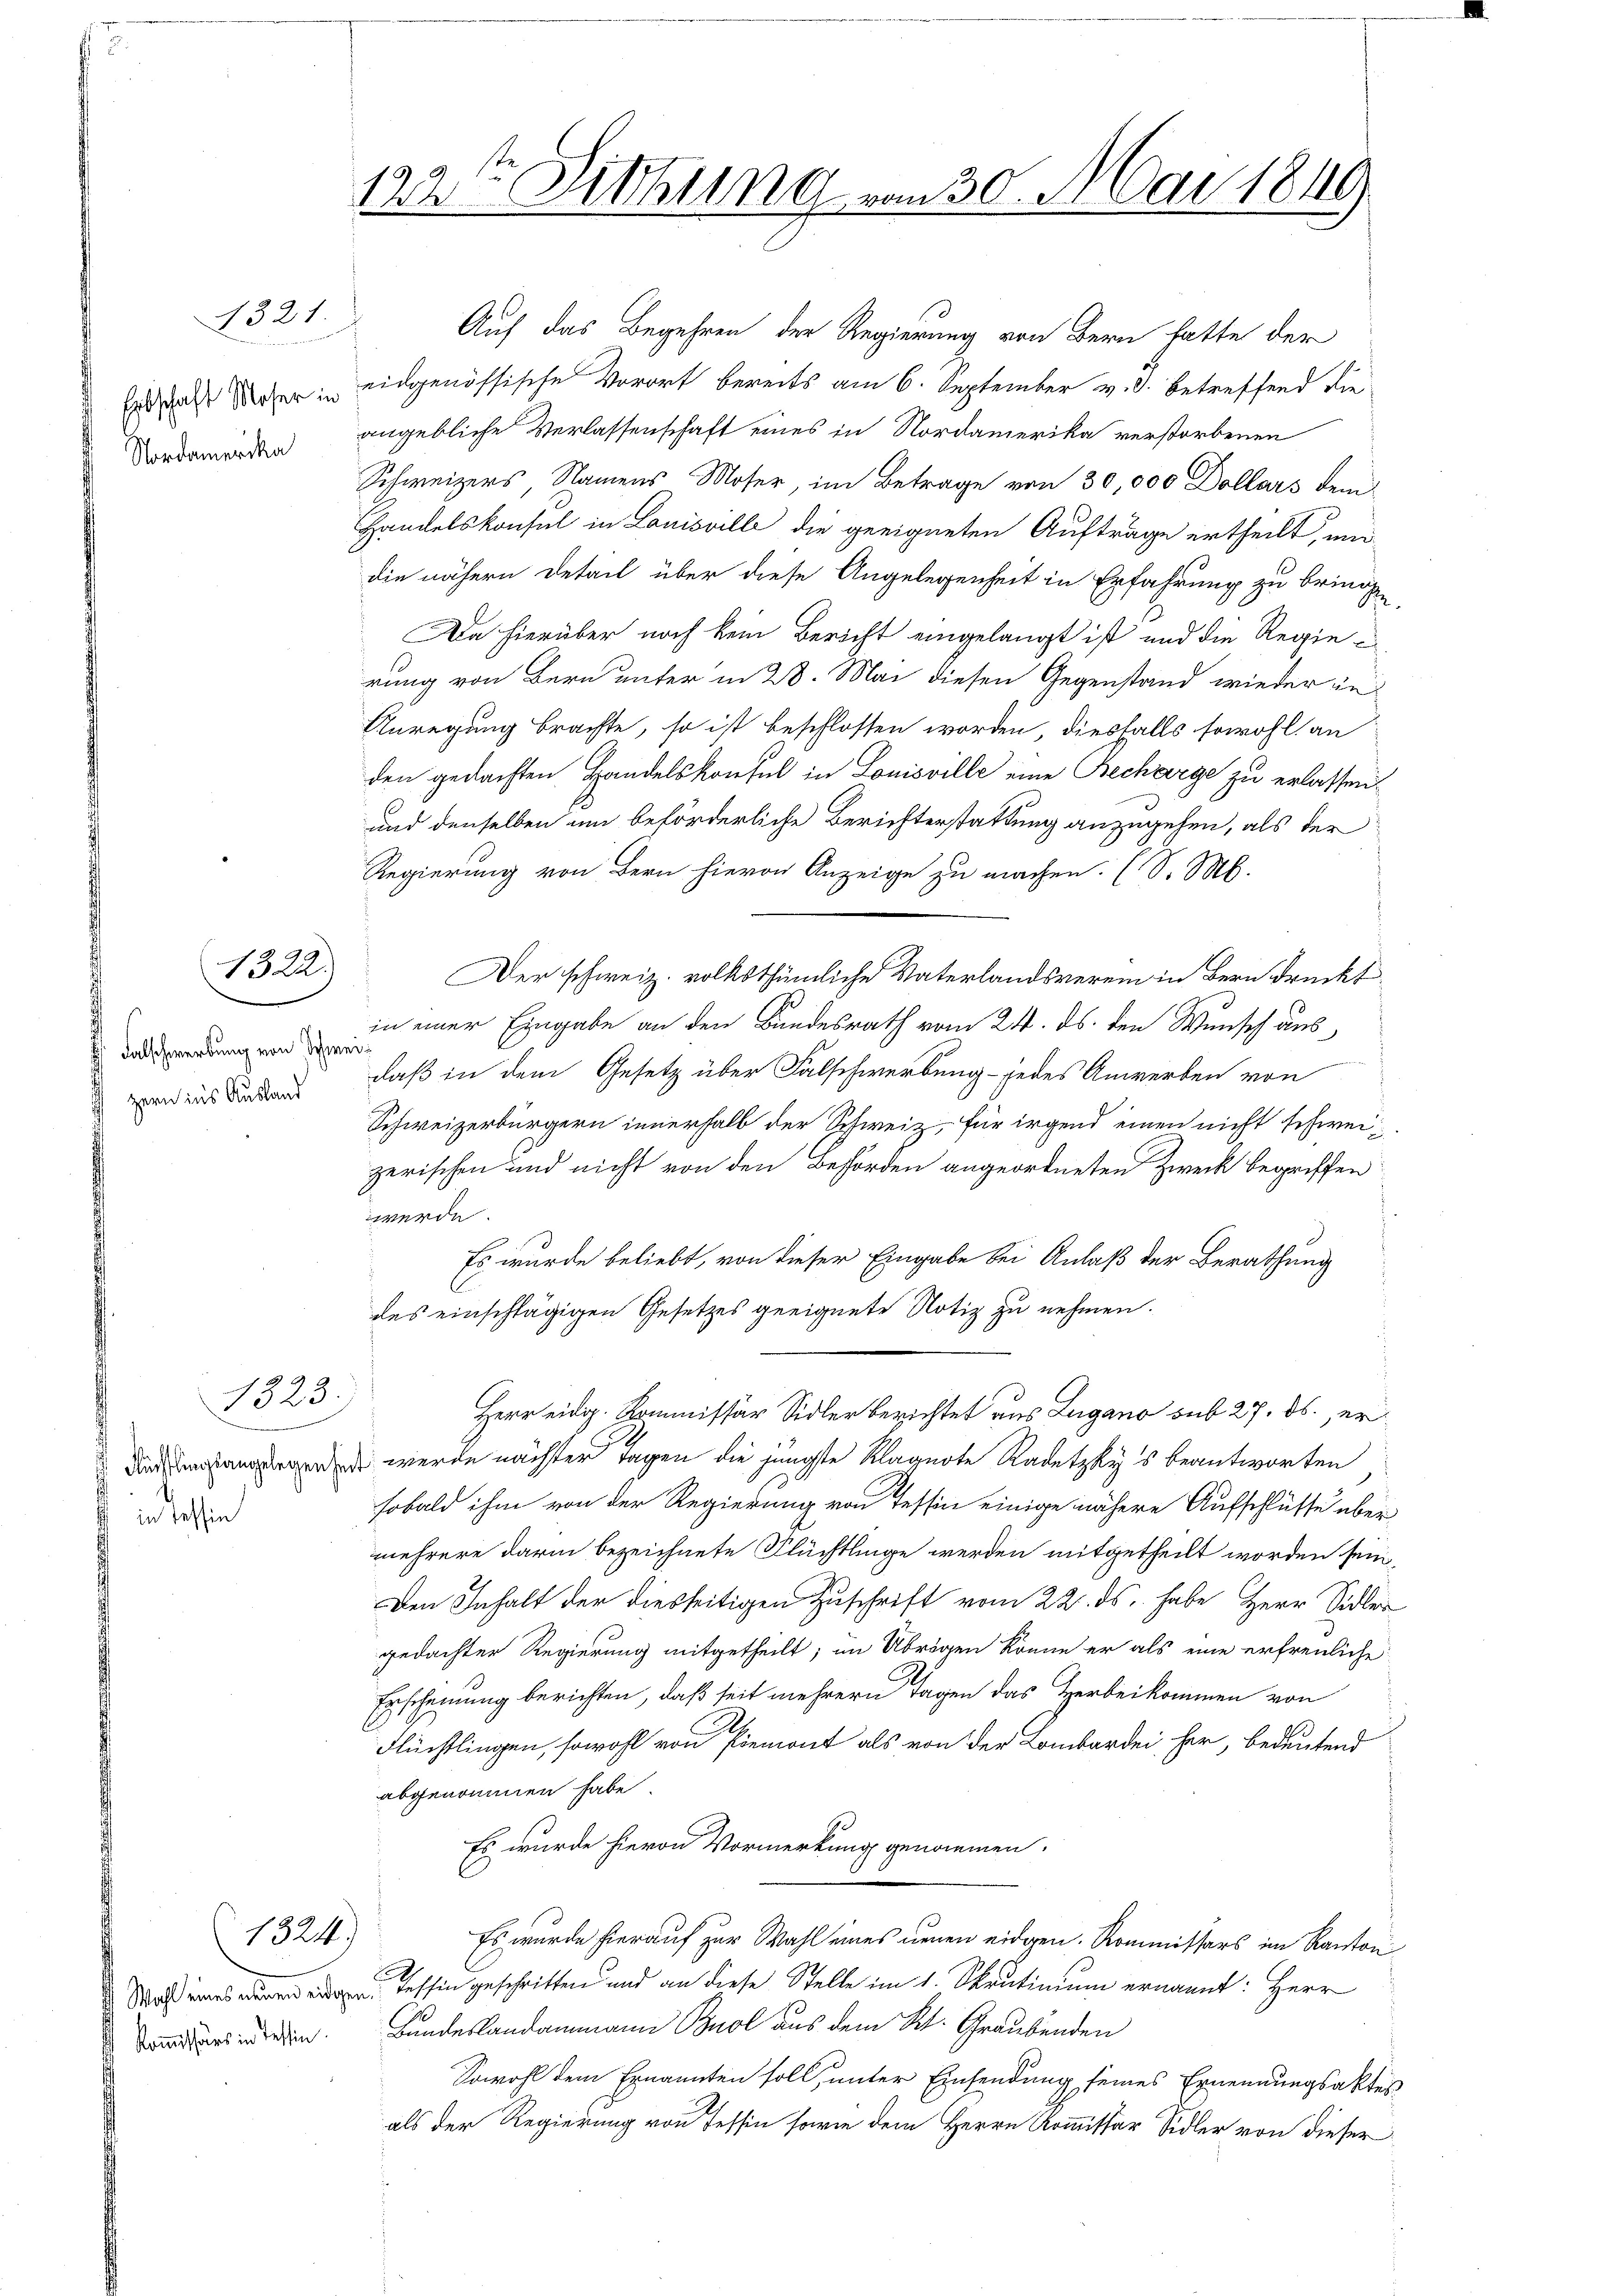
1321.

Erbschaft Moser in
Nordamerika

1322)

Falschwerbung von Schweiuzern in’s Ausland

1323.

d in Tessin

1324)

Kommissärs in Tessin.

122t Sitzung vom 30. Mai 1849

Auf das Begehren der Regierung von Bern hatte der
eidgenössische Vorort bereits am 6. September v. J. betreffend die
angebliche Verlassenschaft eines in Nordamerika verstorbenen
Schweizers, Namens Moser, im Betrage von 30,000 Dollars dem
Handelskonsul in Louisville die geeigneten Aufträge ertheilt, und
die nähern Detail über diese Angelegenheit in Erfahrung zu bringe
Da hierüber noch kein Bericht eingelangt ist und die Regierung von Bern unter in 28. Mai diesen Gegenstand wieder in
Anregung brachte, so ist beschlossen worden, diesfalls sowohl an
den gedachten Handelskonsul in Louisville eine Becharge zu erlassen
und denselben um beförderliche Berichterstattung anzugehen, als der
Regierung von Bern hievon Anzeige zu machen. (S. M.
Der schweiz. volkstümliche Vaterlandsverein in Bern drückt
in einer Eingabe an den Bundesrath vom 24. ds. den Wunsch ausdaß in dem Gesetz über Falschwerbung jedes Anwerben von
Schweizerbürgern innerhalb der Schweiz, für irgend einen nicht schweizerischen und nicht von den Behörden angeordneten Zweck begriffen
werde.
Es wurde beliebt, von dieser Eingabe bei Anlaß der Berathung
E
des einschlägigen Gesetzes geeignete Notiz zu nehmen.
Herr eidg. Kommissär Sidler berichtet aus Zugano sub 27. ds. ererden werde nächster Tagen die jüngste Klagerte Radetzky's beantworten
sobald ihm von der Regierung von Tessin einige nähere Aufschlüsse über
mehrere darin bezeichnete Flüchtlinge werden mitgetheilt worden sein,
Den Inhalt der diesseitigen Zuschrift vom 22. ds. habe Herr Sidler
gedachter Regierung mitgetheilt; im Übrigen könne er als eine erfreuliche
Erscheinung berichten, daß seit mehrern Tagen das Herbeikommen von
Flüchtlingen, sowohl von Piemont als von der Lombardei her, bedeutend
abgenommen habe.
Es wurde hievon Vormerkung genommen.
Es wurde hierauf zur Wahl eines neuen eidgen. Kommissärs im Kanton¬
Wo eines deren den Tessin geschritten und an diese Stelle im 1. Skrutinium ernannt: Herr
Bundeslandammann Buol aus dem K. Graubünden
Sowohl dem Ernannten soll, unter Einsendung seines Ernennungsaktes
als der Regierung von Tessin sowie dem Herrn Kommissor Sidler von dieser